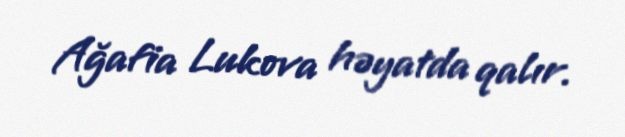
Ağafia Lukova həyatda qalır.